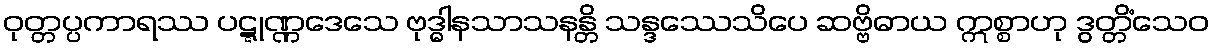
ဝုတ္တပ္ပကာရဿ ပဋ္ဋုဏ္ဏဒေသေ ဗုဒ္ဓါနသာသနန္တိ သန္ဒဿေသိပေ ဆဗ္ဗိဓာယ ဣစ္စာဟု ဒွတ္တိံသေဝ